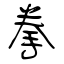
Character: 拳